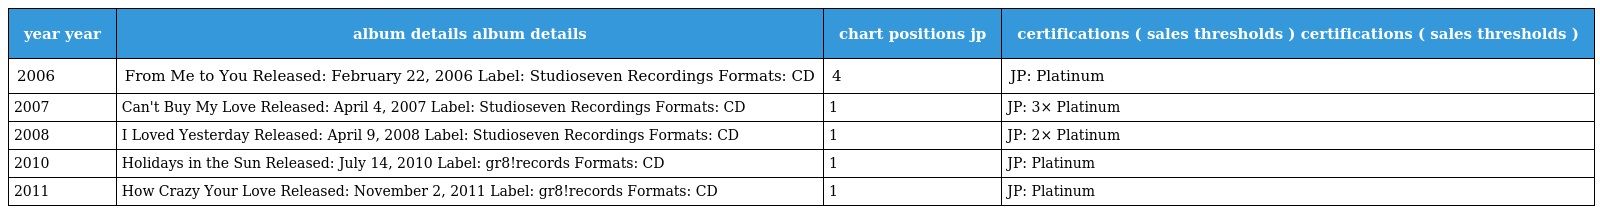
| year year | album details album details | chart positions jp | certifications ( sales thresholds ) certifications ( sales thresholds ) |
 | --- | --- | --- | --- |
 | 2006 | From Me to You Released: February 22, 2006 Label: Studioseven Recordings Formats: CD | 4 | JP: Platinum |
 | 2007 | Can't Buy My Love Released: April 4, 2007 Label: Studioseven Recordings Formats: CD | 1 | JP: 3× Platinum |
 | 2008 | I Loved Yesterday Released: April 9, 2008 Label: Studioseven Recordings Formats: CD | 1 | JP: 2× Platinum |
 | 2010 | Holidays in the Sun Released: July 14, 2010 Label: gr8!records Formats: CD | 1 | JP: Platinum |
 | 2011 | How Crazy Your Love Released: November 2, 2011 Label: gr8!records Formats: CD | 1 | JP: Platinum |